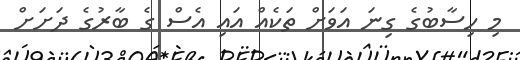
މި ހިސާބުގެ ގިނަ އަވަށް ތަކެއް އައި އެސް ގެ ބާރުގެ ދަށަށް